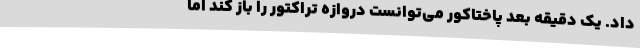
داد. یک دقیقه بعد پاختاکور می‌توانست دروازه تراکتور را باز کند اما